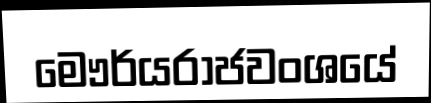
මෞර්යරාජවංශයේ